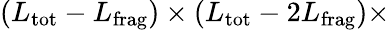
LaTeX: (L_{\mathrm{tot}}-L_{\mathrm{frag}})\times(L_{\mathrm{tot}}-2L_{\mathrm{frag}})\times